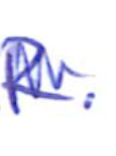
Text: R.
Cross-out: zig-zag
Writing tool: ballpoint